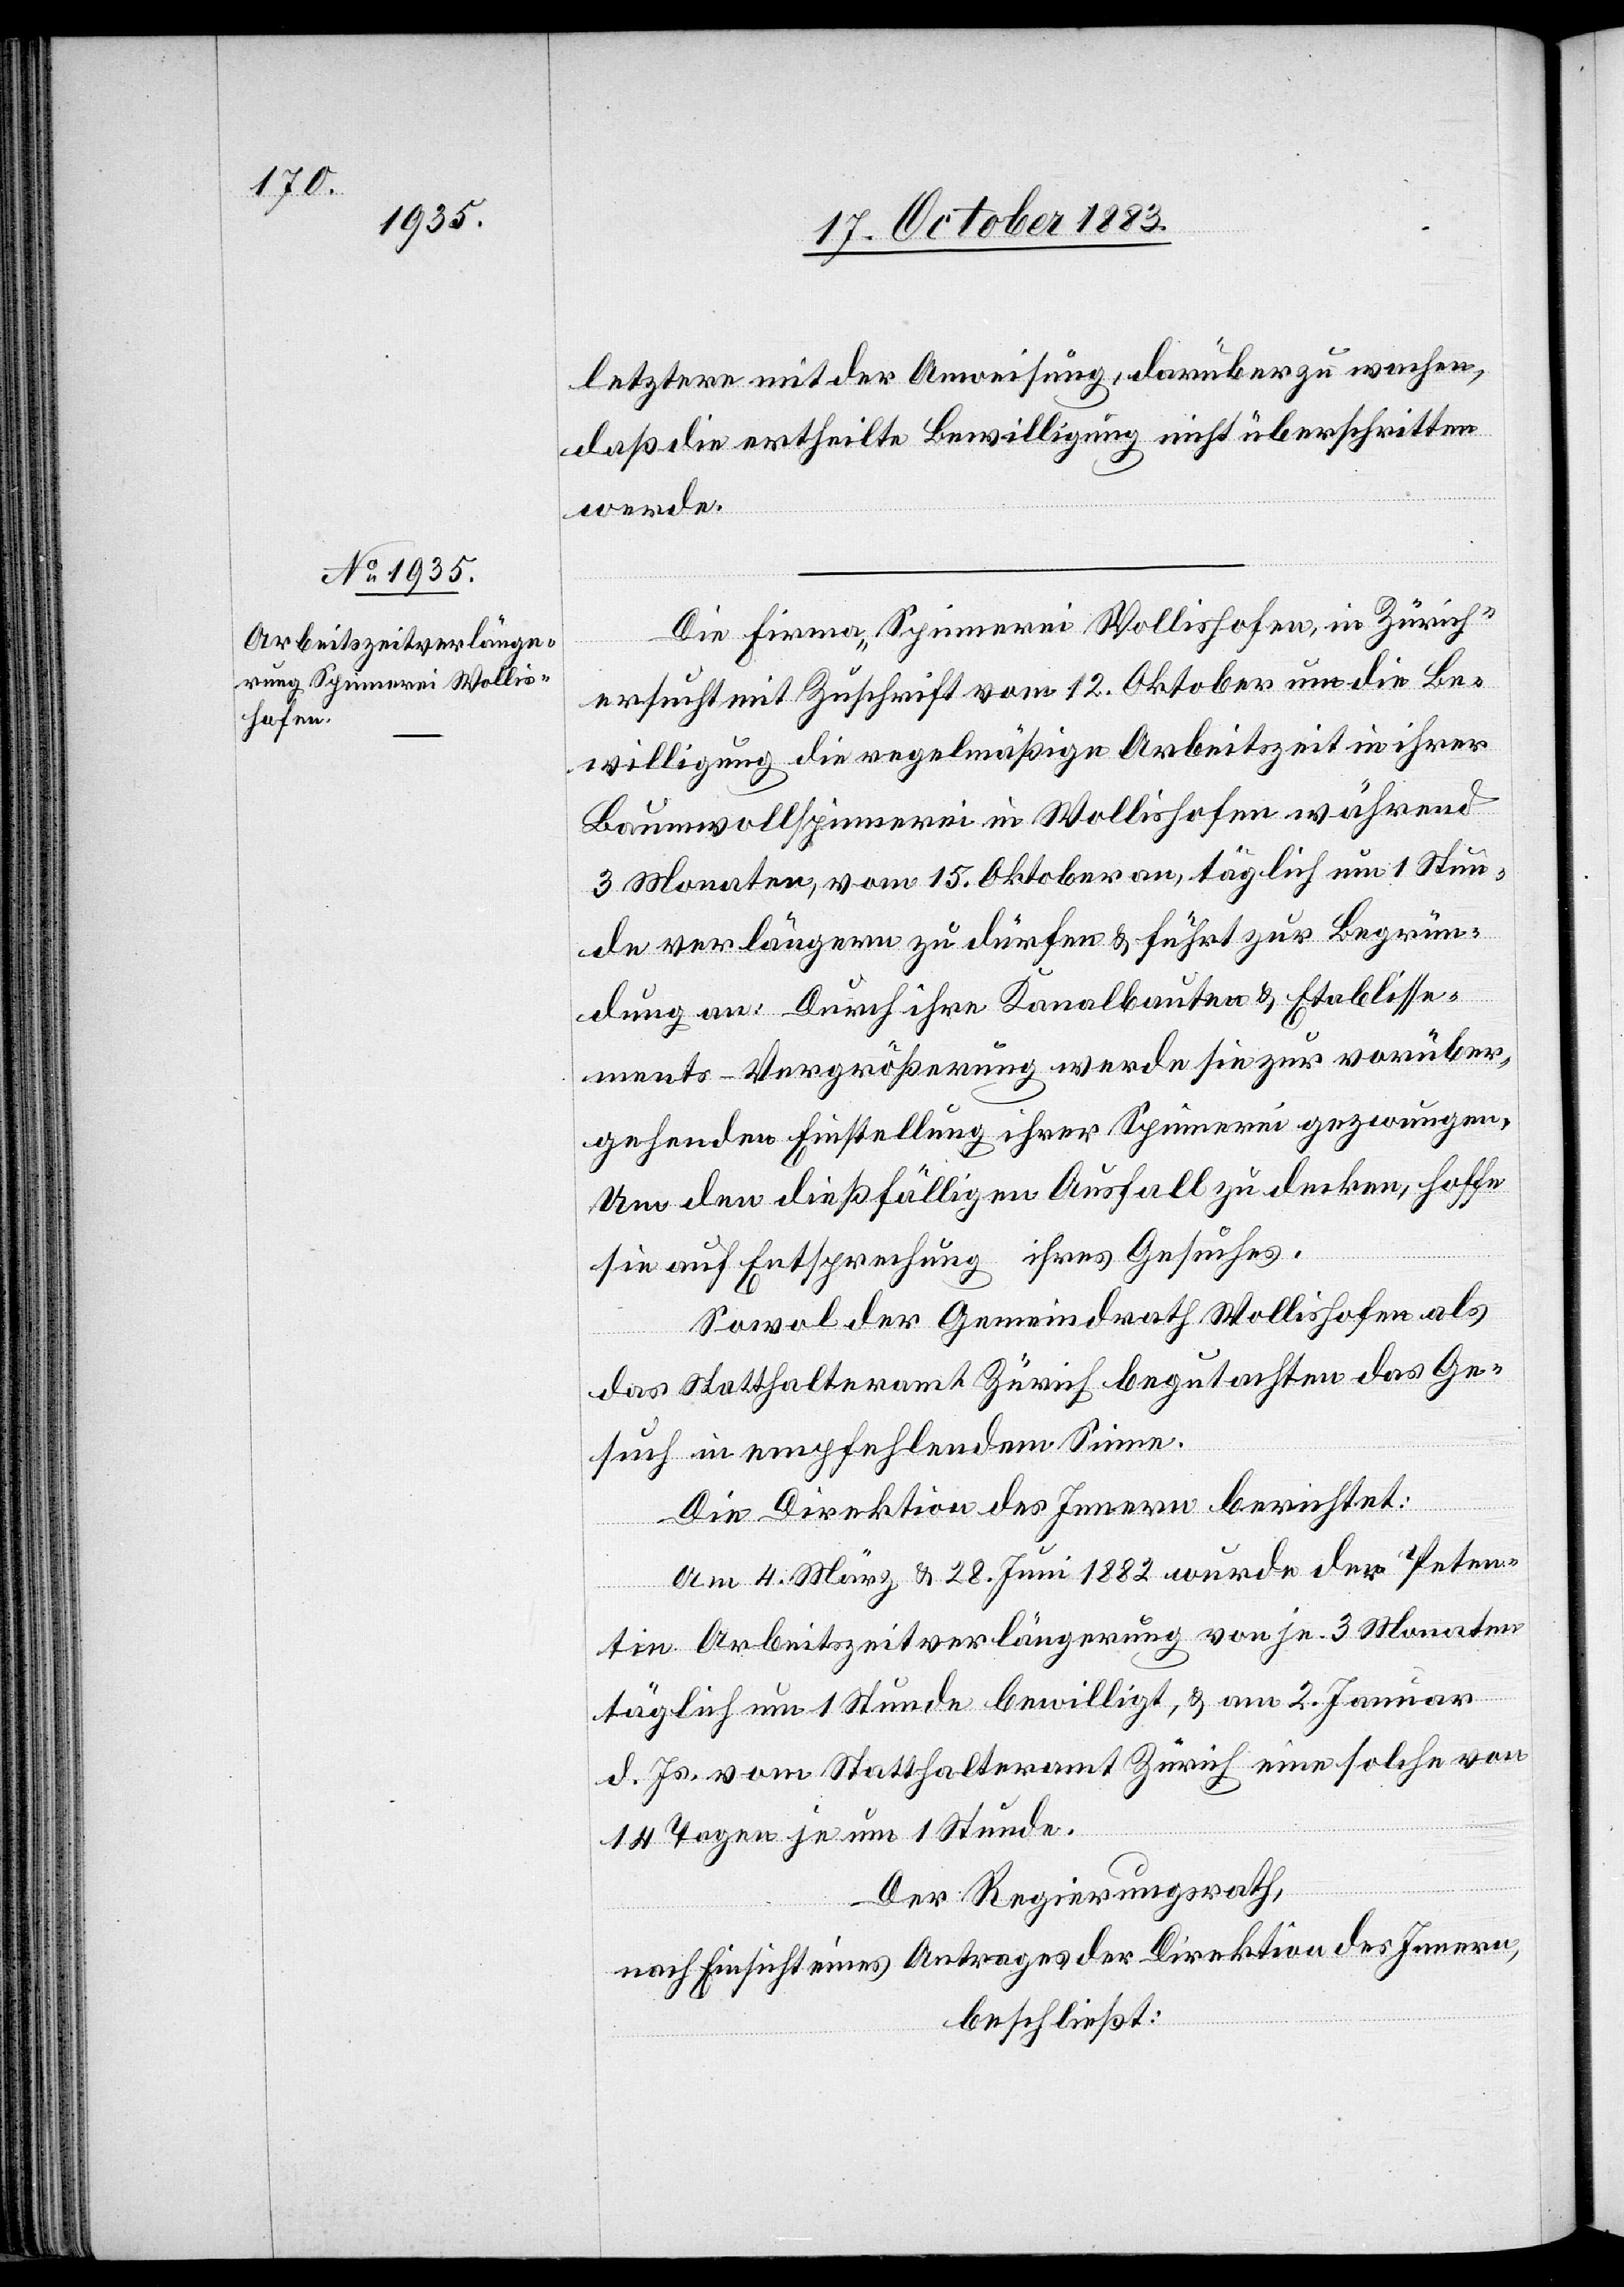
letztere mit der Anweisung, darüber zu wachen,
daß die ertheilte Bewilligung nicht überschritten
werde.
Die Firma „Spinnerei Wollishofen, in Zürich“
ersucht mit Zuschrift vom 12. Oktober um die Be¬
willigung die regelmäßige Arbeitszeit in ihrer
Baumwollspinnerei in Wollishofen während
3 Monaten, vom 15. Oktober an, täglich um 1 Stun¬
de verlängern zu dürfen & führt zur Begrün¬
dung an: Durch ihre Kanalbauten & Etablisse¬
ments-Vergrößerung werde sie zur vorüber¬
gehenden Einstellung ihrer Spinnerei gezwungen.
Um den dießfälligen Ausfall zu decken, hoffe
sie auf Entsprechung ihres Gesuches.
Sowol der Gemeindrath Wollishofen als
das Statthalteramt Zürich begutachten das Ge¬
such in empfehlendem Sinne.
Die Direktion des Innern berichtet:
Am 4. März & 28. Juni 1882 wurde der Peten¬
tin Arbeitszeitverlängerung von je 3 Monaten
täglich um 1 Stunde bewilligt, & am 2. Januar
d. Js. vom Statthalteramt Zürich eine solche von
14 Tagen je um 1 Stunde.
Der Regierungsrath,
nach Einsicht eines Antrages der Direktion des Innern,
beschließt: